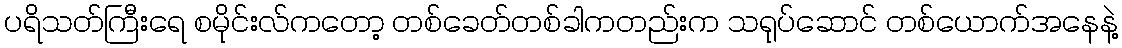
ပရိသတ်ကြီးရေ စမိုင်းလ်ကတော့ တစ်ခေတ်တစ်ခါကတည်းက သရုပ်ဆောင် တစ်ယောက်အနေနဲ့